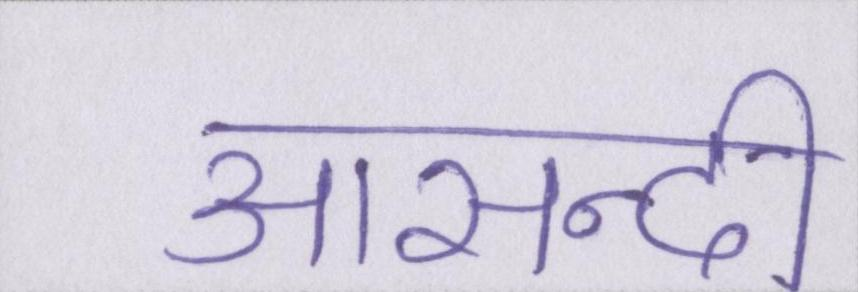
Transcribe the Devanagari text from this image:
आसन्दी